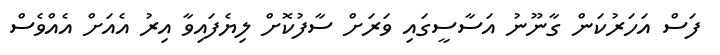
ފަސް އަހަރުކަން ގާނޫނު އަސާސީގައި ވަރަށް ސާފުކޮށް ލިޔެފައިވާ އިރު އެއަށް އެއްވެސް